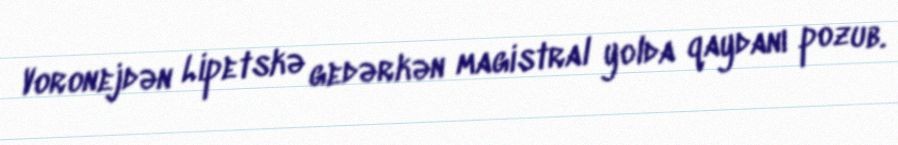
Voronejdən Lipetskə gedərkən magistral yolda qaydanı pozub.